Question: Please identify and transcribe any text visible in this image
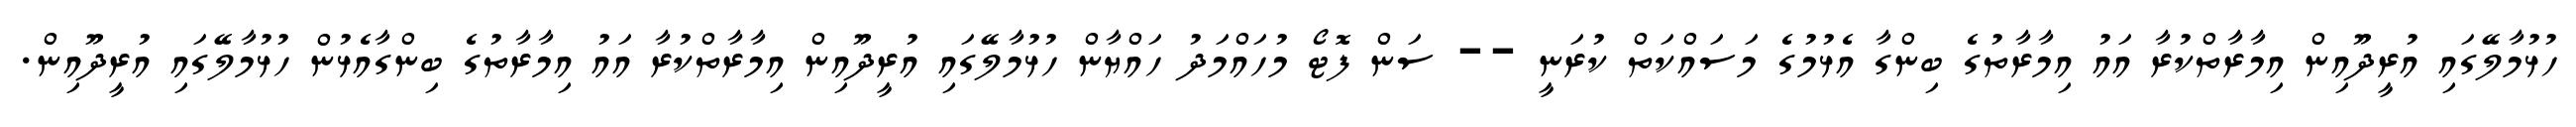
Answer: ހުޅުމާލޭގައި އުރީދޫއިން އިމާރާތްކުރާ އައު އިމާރާތުގެ ބިންގާ އެޅުމުގެ މަސައްކަތް ކުރަނީ -- ސަން ފޮޓޯ މުހައްމަދު ހައްޔާން ހުޅުމާލޭގައި އުރީދޫއިން އިމާރާތްކުރާ އައު އިމާރާތުގެ ބިންގާއެޅުން ހުޅުމާލޭގައި އުރީދޫއިން.